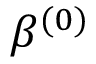
\beta ^ { ( 0 ) }